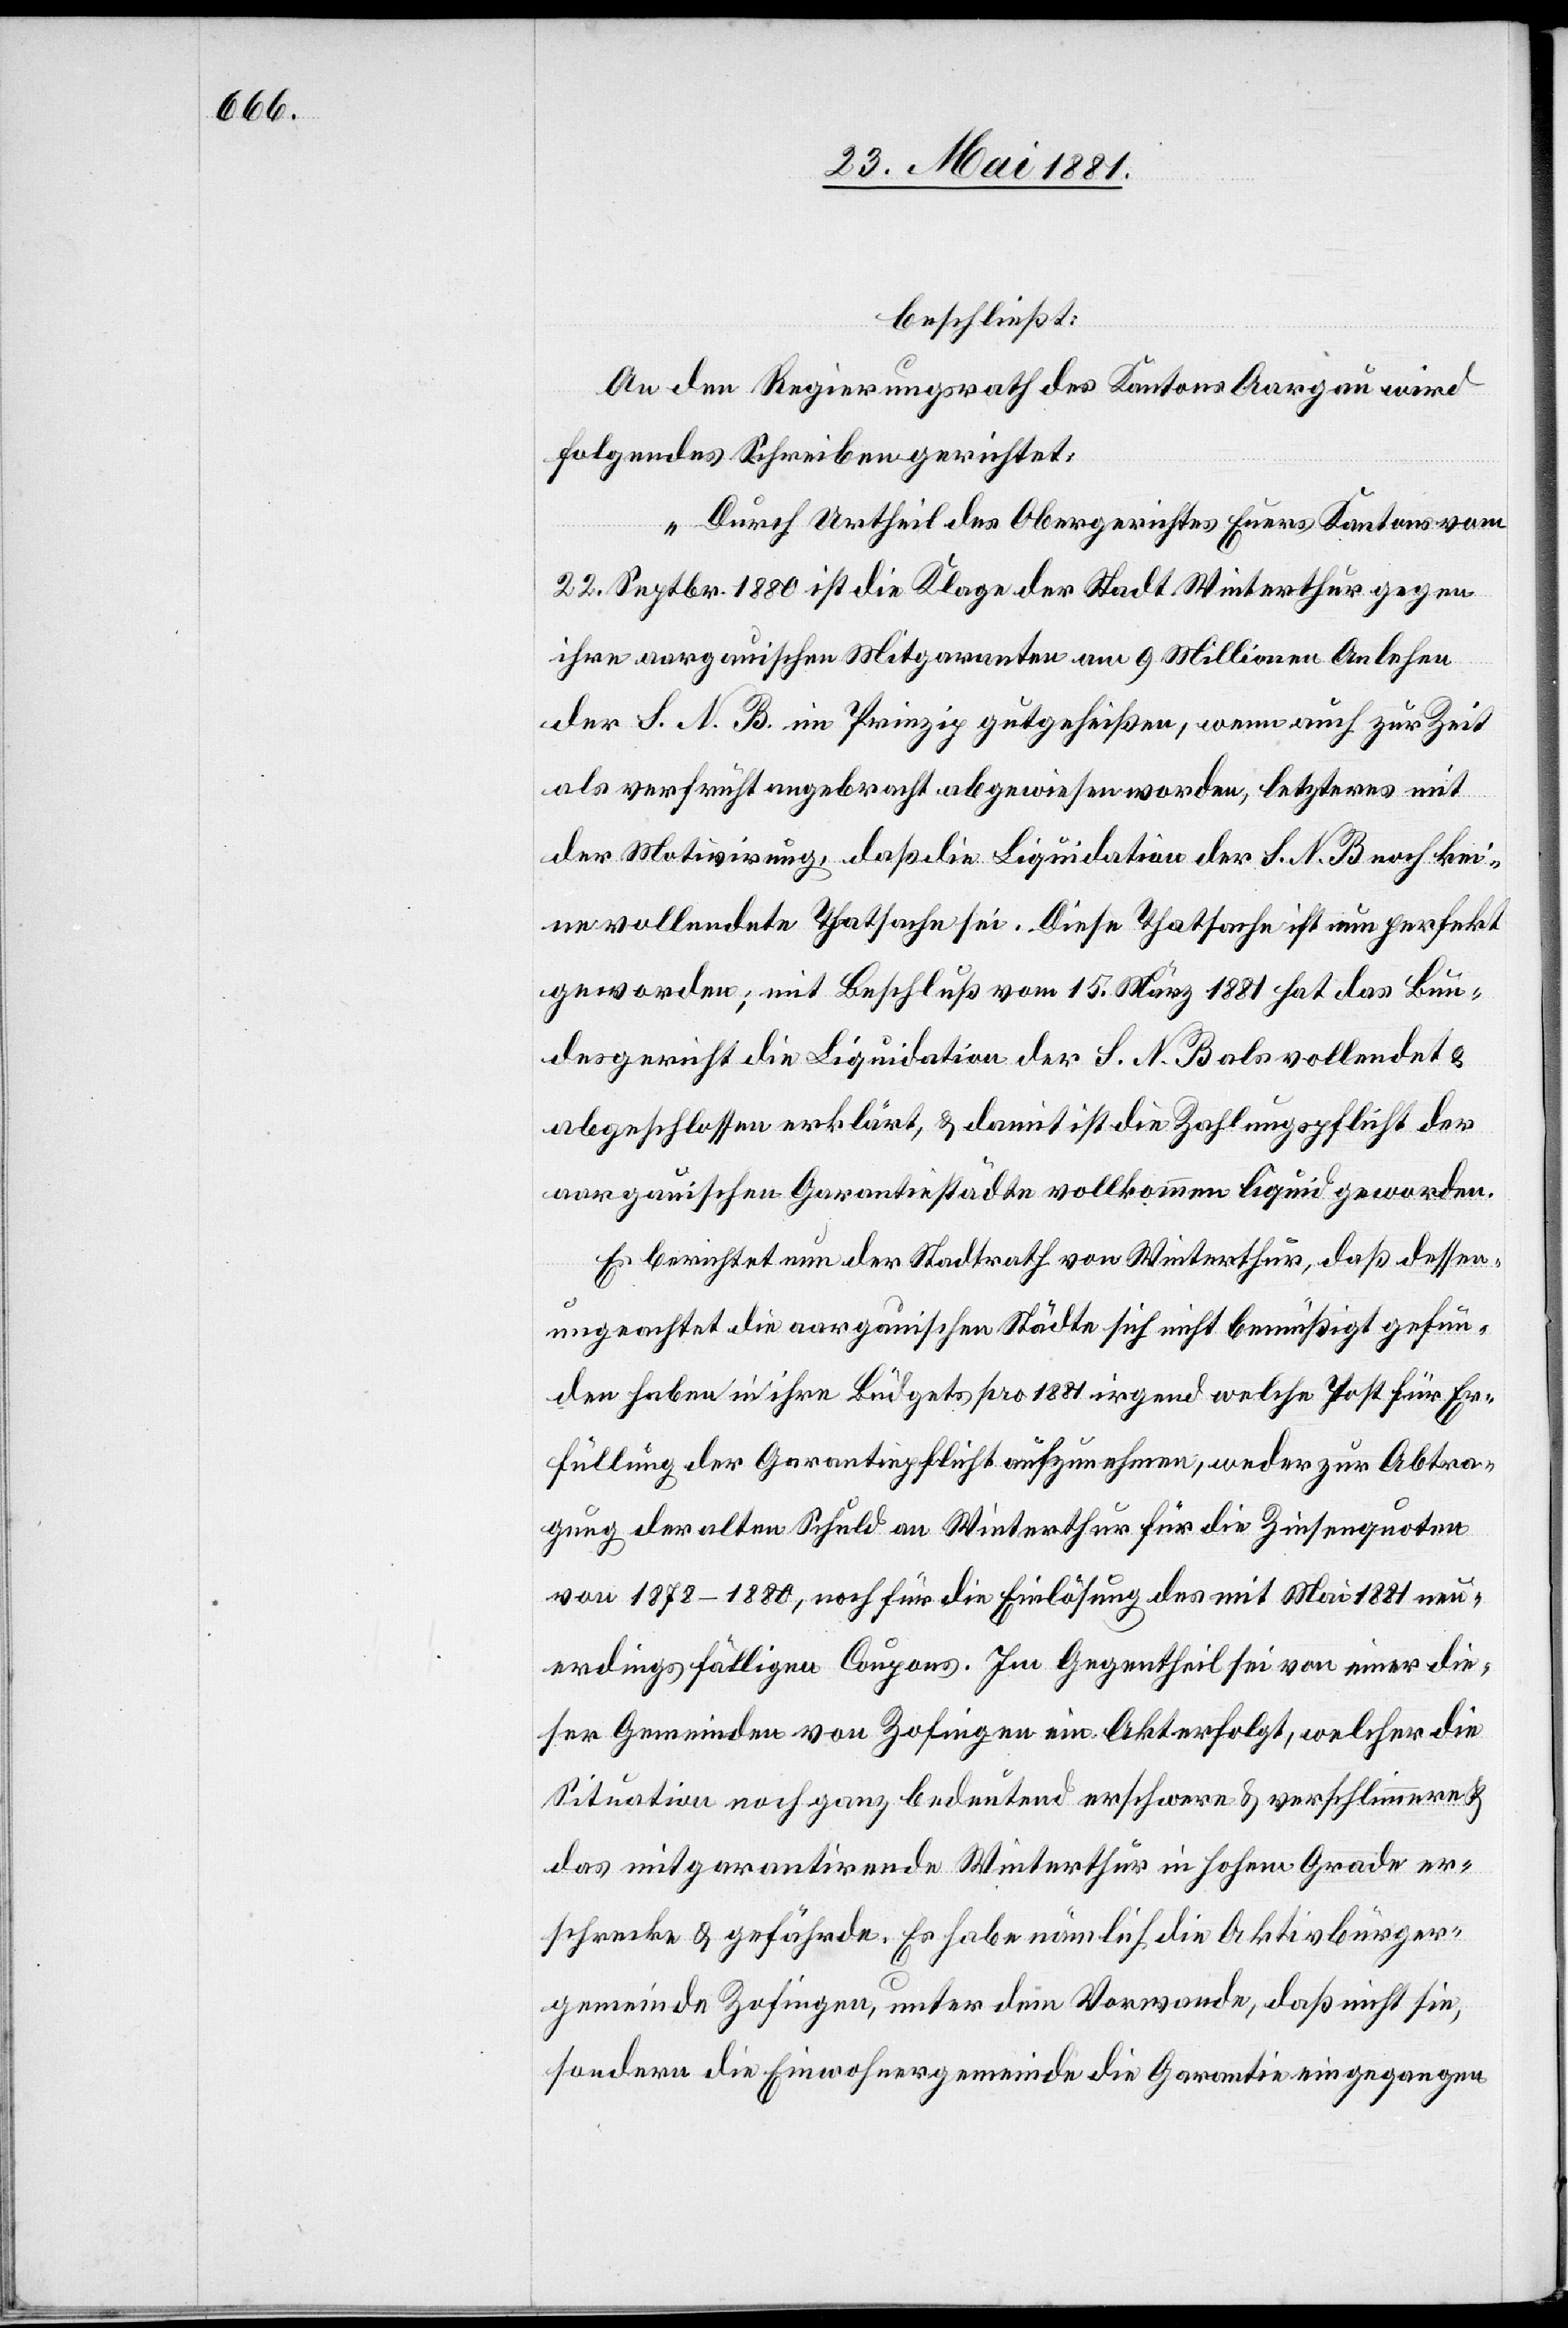
beschließt:
An den Regierungsrath des Kantons Aargau wird
folgendes Schreiben gerichtet:
„Durch Urtheil des Obergerichtes Euers Kantons vom
22. Sept. 1880 ist die Klage der Stadt Winterthur gegen
ihre aargauischen Mitgaranten am 9 Millionen Anlehen
der S. N. B. im Prinzip gutgeheißen, wenn auch zur Zeit
als verfrüht angebracht abgewiesen worden, letzteres mit
der Motivirung, daß die Liquidation der S. N. B. noch kei¬
ne vollendete Thatsache sei. Diese Thatsache ist nun perfekt
geworden; mit Beschluß vom 15. März 1881 hat das Bun¬
desgericht die Liquidation der S. N. B. als vollendet &
abgeschlossen erklärt, & damit ist die Zahlungspflicht der
aargauischen Garantiestädte vollkommen liquid geworden.
Es berichtet nun der Stadtrath von Winterthur, daß dessen¬
ungeachtet die aargauischen Städte sich nicht bemüßigt gefun¬
den haben in ihre Büdgets pro 1881 irgend welche Post für Er¬
füllung der Garantiepflicht aufzunehmen, weder zur Abtra¬
gung der alten Schuld an Winterthur für die Zinsenquoten
von 1878–1880, noch für die Einlösung des mit Mai 1881 neu¬
erdings fälligen Coupons. Im Gegentheil sei von einer die¬
ser Gemeinden von Zofingen ein Akt erfolgt, welcher die
Situation noch ganz bedeutend erschwere & verschlimmere &
das mitgarantierende Winterthur in hohem Grade er¬
schrecke & gefährde. Es habe nämlich die Aktivbürger¬
gemeinde Zofingen, unter dem Vorwande, daß nicht sie,
sondern die Einwohnergemeinde die Garantie eingegangen